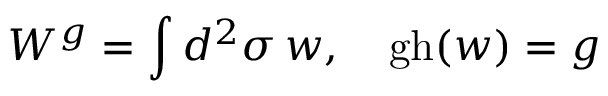
W ^ { g } = \int d ^ { 2 } \sigma \, w , \quad \mathrm { g h } ( w ) = g